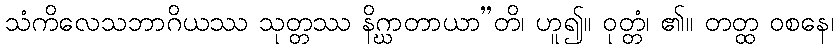
သံကိလေသဘာဂိယဿ သုတ္တဿ နိဂ္ဃာတာယာ”တိ၊ ဟူ၍။ ဝုတ္တံ၊ ၏။ တတ္ထ ဝစနေ၊